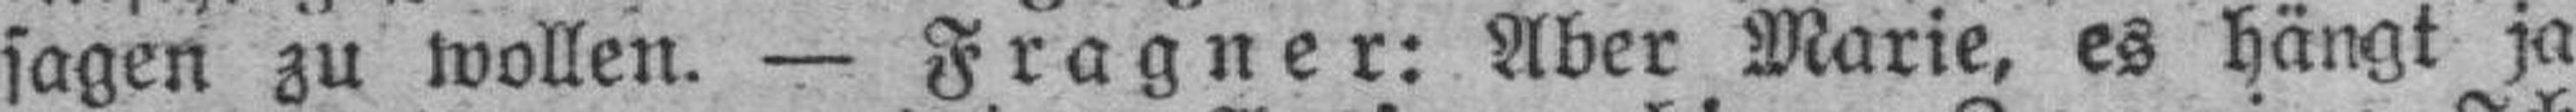
sagen zu wollen. — Fragner: Aber Marie, es hängt ja